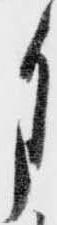
月